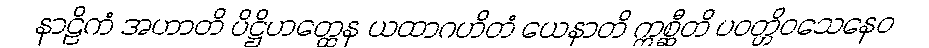
နာဠိကံ အဟာတိ ပိဋ္ဌိဟတ္ထေန ယထာဂဟိတံ ယေနာတိ ဣစ္ဆီတိ ပဝတ္တိဝသေနေဝ